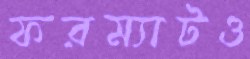
ফরম্যাটও